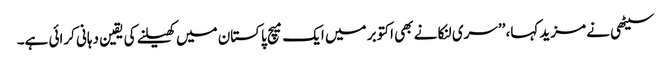
سیٹھی نے مزید کہا، ’’سری لنکا نے بھی اکتوبر میں ایک میچ پاکستان میں کھیلنے کی یقین دہانی کرائی ہے۔